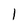
Character: 1